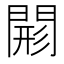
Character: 𨴸